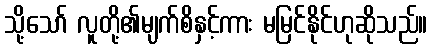
သို့သော် လူတို့၏မျက်စိနှင့်ကား မမြင်နိုင်ဟုဆိုသည်။